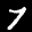
Label: 7